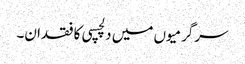
سرگرمیوں میں دلچسپی کا فقدان۔